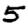
Digit: 5